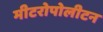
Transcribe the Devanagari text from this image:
मीटरोपोलीटन